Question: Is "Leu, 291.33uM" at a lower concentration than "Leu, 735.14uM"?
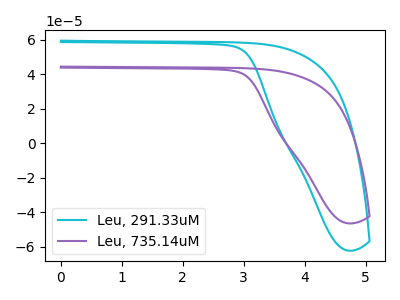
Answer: <think>The cyan curve "Leu, 291.33uM" has no peaks. The purple curve "Leu, 735.14uM" has no peaks.
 Neither "Leu, 735.14uM" or "Leu, 291.33uM" have any peaks.</think>
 <answer>I cant tell if "Leu, 735.14uM" or "Leu, 291.33uM" has higher concentration.</answer>
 <eval>mixed_concentration</eval>